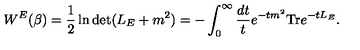
W ^ { E } ( \beta ) = \frac 1 2 \ln \det ( L _ { E } + m ^ { 2 } ) = - \int _ { 0 } ^ { \infty } { \frac { d t } { t } } e ^ { - t m ^ { 2 } } \mathrm { T r } e ^ { - t L _ { E } } .